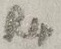
Text: R4